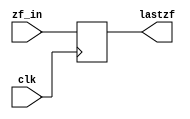
module zf(zf_in,clk,lastzf);
	input zf_in,clk;
	output lastzf;
	reg lastzf;
	always@(posedge clk)begin
		lastzf<=zf_in;
	end
endmodule